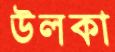
উলকা